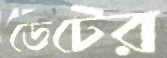
ডেটের